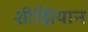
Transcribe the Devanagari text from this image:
शीझियान